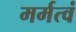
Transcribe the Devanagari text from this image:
मर्मत्वं